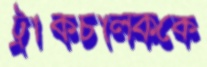
ট্রাকচালককে